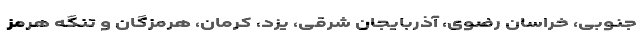
جنوبی، خراسان رضوی، آذربایجان شرقی، یزد، کرمان، هرمزگان و تنگه هرمز